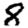
Digit: 8